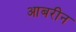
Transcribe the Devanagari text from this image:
आबरीन